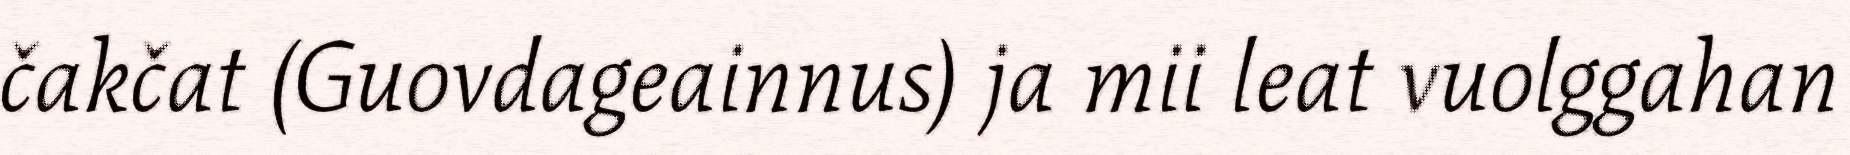
čakčat (Guovdageainnus) ja mii leat vuolggahan